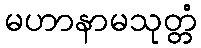
မဟာနာမသုတ္တံ